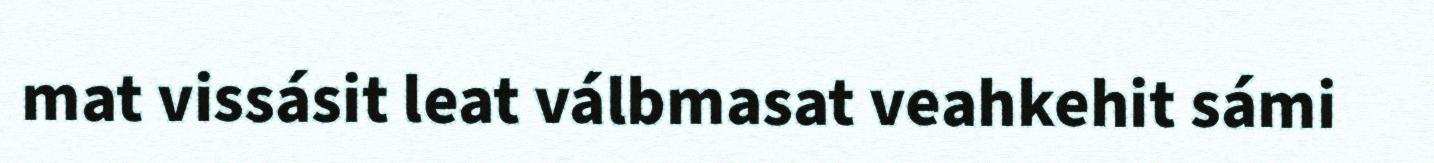
mat vissásit leat válbmasat veahkehit sámi